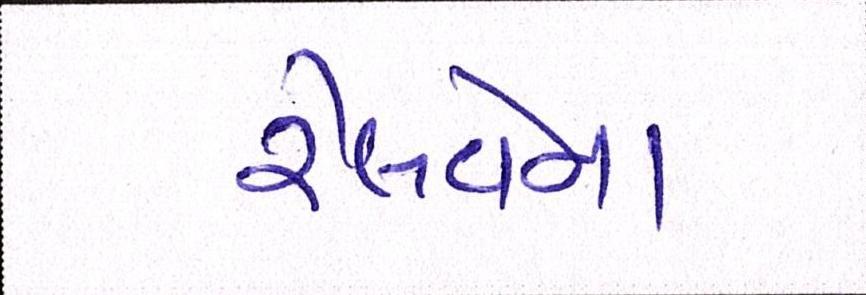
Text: રેલવેના